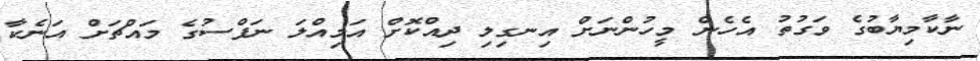
ނާކާމިޔާބުގެ ވަގުތު އެހެން މީހުންނަށް އިނގިލި ދިއްކޮށް އަމިއްލަ ނަފްސުގެ މައްޗަށް އަނެކާ